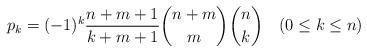
LaTeX: \begin{align*}p_k= (-1)^k \frac{n+m+1}{k+m+1} {n+m\choose m} {n\choose k} \quad(0\leq k\leq n)\end{align*}